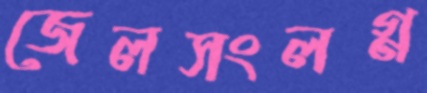
জেলসংলগ্ন